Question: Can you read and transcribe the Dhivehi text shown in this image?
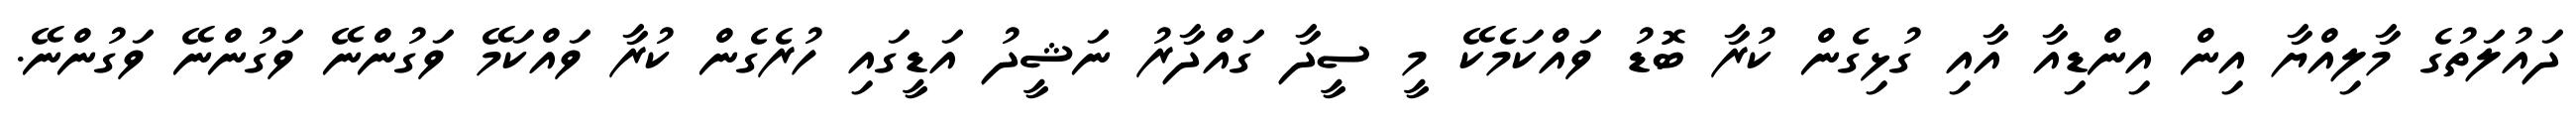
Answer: ދައުލަތުގެ މާލިއްޔާ އިން އިންޑިއާ އާއި ގުޅިގެން ކުރާ ބޮޑު ވައްކަމެކޭ މީ ސީދާ ގައްދާރު ނަޝީދު އަޑީގައި ހުރެގެން ކުރާ ވައްކަމޭ ވަގުންނޭ ވަގުންނޭ ވަގުންނޭ.